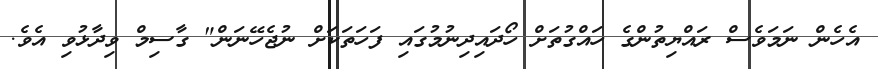
އެހެން ނަމަވެސް ރައްޔިތުންގެ ހައްގުތަށް ހޯދައިދިނުމުގައި ފަހަތަކަށް ނުޖެހޭނަން" ގާސިމް ވިދާޅުވި އެވެ.